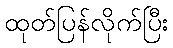
ထုတ်ပြန်လိုက်ပြီး